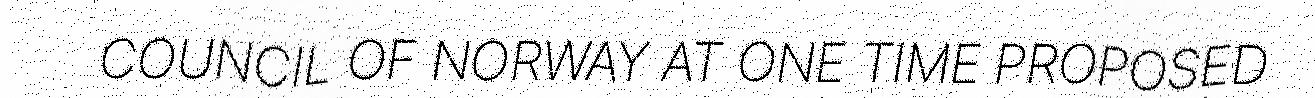
COUNCIL OF NORWAY AT ONE TIME PROPOSED